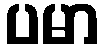
ပမာ